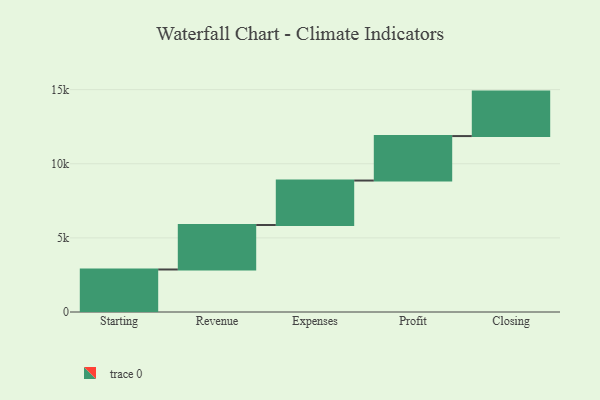
{"axis": {"x": "Step", "y": "Value"}, "legend": [""], "data": [{"x": "Starting", "y": 2868.0, "type": ""}, {"x": "Revenue", "y": 3000, "type": ""}, {"x": "Expenses", "y": 3000, "type": ""}, {"x": "Profit", "y": 3000, "type": ""}, {"x": "Closing", "y": 3000, "type": ""}]}